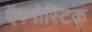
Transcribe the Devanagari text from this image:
ऍगनोस्टिक